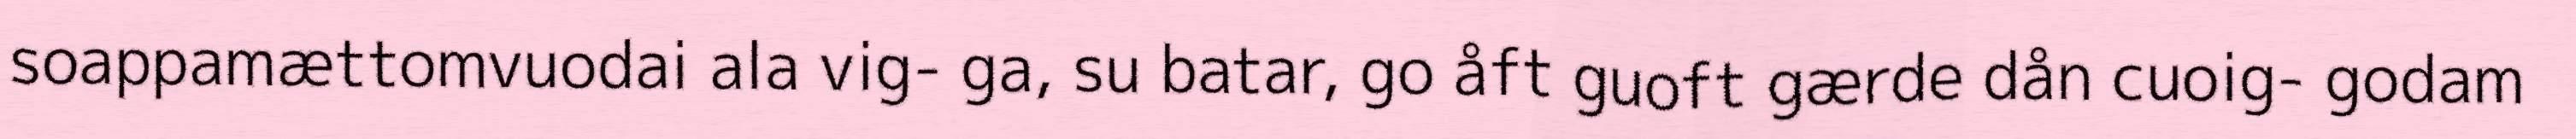
soappamættomvuodai ala vig- ga, su batar, go åft guoft gærde dån cuoig- godam